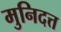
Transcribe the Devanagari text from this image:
मुनिदत्त